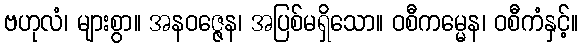
ဗဟုလံ၊ များစွာ။ အနဝဇ္ဇေန၊ အပြစ်မရှိသော။ ဝစီကမ္မေန၊ ဝစီကံနှင့်။